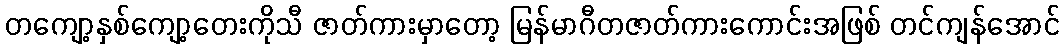
တကျော့နှစ်ကျော့တေးကိုသီ ဇာတ်ကားမှာတော့ မြန်မာဂီတဇာတ်ကားကောင်းအဖြစ် တင်ကျန်အောင်